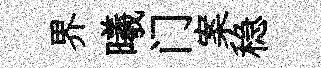
界曦门案稳